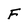
Character: F